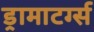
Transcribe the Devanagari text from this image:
ड्रामाटर्ग्स